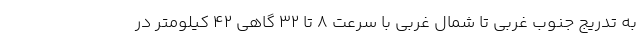
به تدریج جنوب غربی تا شمال غربی با سرعت ۸ تا ۳۲ گاهی ۴۲ کیلومتر در